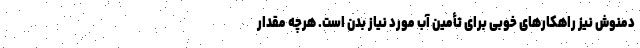
دمنوش نیز راهکارهای خوبی برای تأمین آب مورد نیاز بدن است. هرچه مقدار